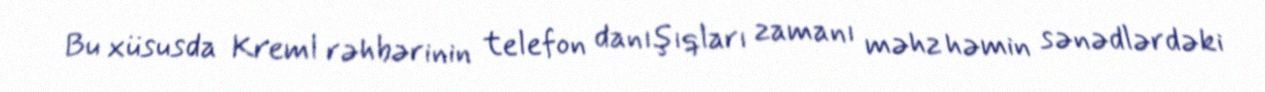
Bu xüsusda Kreml rəhbərinin telefon danışıqları zamanı məhz həmin sənədlərdəki